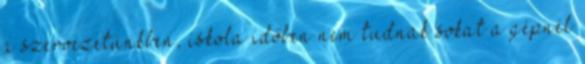
a szervezetünkben, iskola időben nem tudnak sokat a gépnél